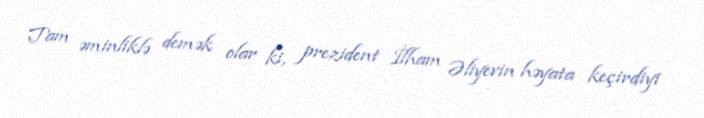
Tam əminliklə demək olar ki, prezident İlham Əliyevin həyata keçirdiyi